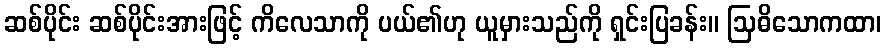
ဆစ်ပိုင်း ဆစ်ပိုင်းအားဖြင့် ကိလေသာကို ပယ်၏ဟု ယူမှားသည်ကို ရှင်းပြခန်း။ ဩဓိသောကထာ၊